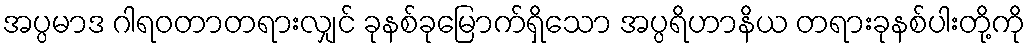
အပ္ပမာဒ ဂါရဝတာတရားလျှင် ခုနစ်ခုမြောက်ရှိသော အပ္ပရိဟာနိယ တရားခုနစ်ပါးတို့ကို